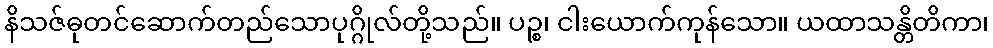
နိသဇ်ဓုတင်ဆောက်တည်သောပုဂ္ဂိုလ်တို့သည်။ ပဉ္စ၊ ငါးယောက်ကုန်သော။ ယထာသန္တိတိကာ၊